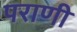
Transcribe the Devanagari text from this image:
पराणी